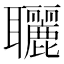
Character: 𦘐